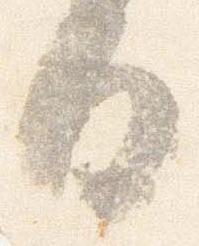
日